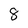
Character: 8